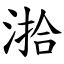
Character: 湁